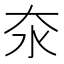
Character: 𪵪